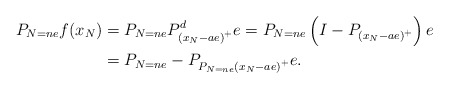
\begin{align*}P_{N=ne}f(x_{N}) & =P_{N=ne}P_{\left( x_{N}-ae\right) ^{+}}^{d}e=P_{N=ne}\left( I-P_{\left( x_{N}-ae\right) ^{+}}\right) e\\& =P_{N=ne}-P_{P_{N=ne}\left( x_{N}-ae\right) ^{+}}e.\end{align*}